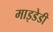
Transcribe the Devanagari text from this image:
माइडेडी